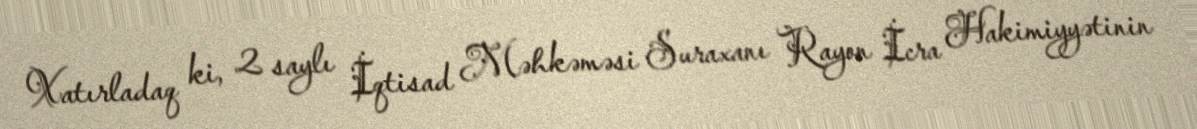
Xatırladaq ki, 2 saylı İqtisad Məhkəməsi Suraxanı Rayon İcra Hakimiyyətinin